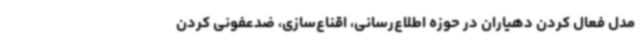
مدل فعال کردن دهیاران در حوزه اطلاع‌رسانی، اقناع‌سازی، ضدعفونی کردن